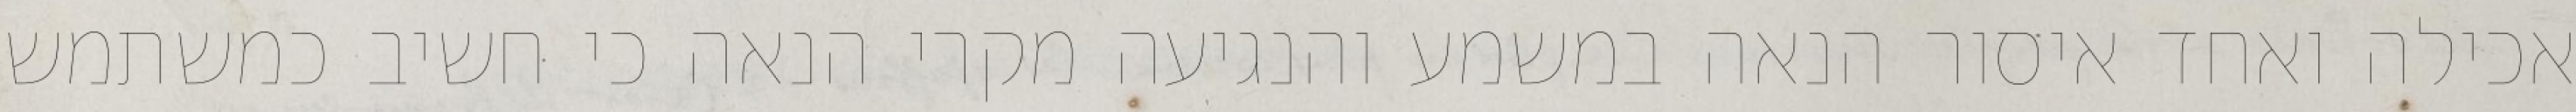
אכילה ואחד איסור הנאה במשמע והנגיעה מקרי הנאה כי חשיב כמשתמש